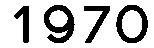
1970